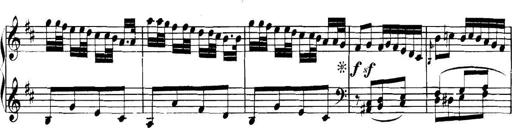
Title: Collected Piano Sonatas
Composer: Muzio Clementi